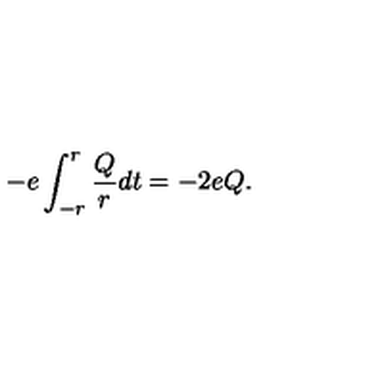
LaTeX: - e \int _ { - r } ^ { r } \frac { Q } { r } d t = - 2 e Q .